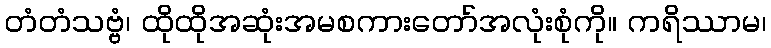
တံတံသဗ္ဗံ၊ ထိုထိုအဆုံးအမစကားတော်အလုံးစုံကို။ ကရိဿာမ၊